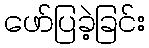
ဖော်ပြခဲ့ခြင်း